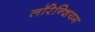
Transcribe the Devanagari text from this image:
लॉरेन्शियम